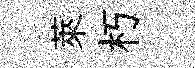
萊朽